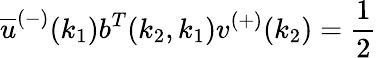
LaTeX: \overline{{{u}}}^{(-)}(k_{1})b^{T}(k_{2},k_{1})v^{(+)}(k_{2})=\frac{1}{2}